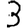
Digit: 3